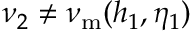
\nu _ { 2 } \neq \nu _ { \mathrm { m } } ( h _ { 1 } , \eta _ { 1 } )